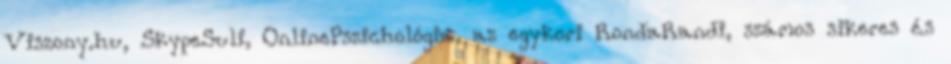
Viszony.hu, SkypeSuli, OnlinePszichológia, az egykori RondaRandi, számos sikeres és